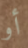
أو